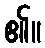
၏။